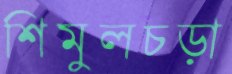
শিমুলচড়া